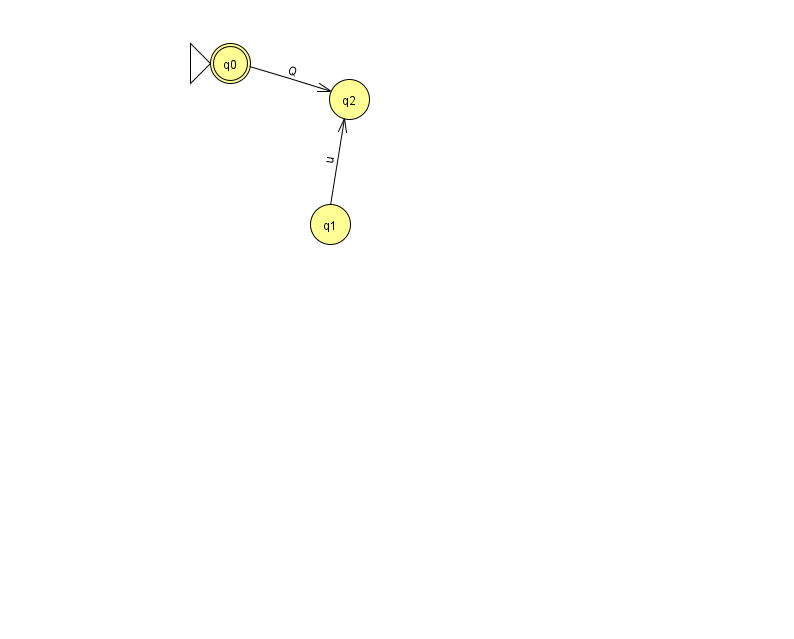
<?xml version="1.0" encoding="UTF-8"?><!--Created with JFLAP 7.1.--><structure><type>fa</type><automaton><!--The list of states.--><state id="0" name="q0"><x>230.0</x><y>50.0</y><initial/><final/></state><state id="1" name="q1"><x>330.0</x><y>211.0</y></state><state id="2" name="q2"><x>349.0</x><y>86.0</y></state><!--The list of transitions.--><transition><from>0</from><to>2</to><read>Q</read></transition><transition><from>1</from><to>2</to><read>u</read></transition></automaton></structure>